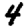
Digit: 4